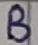
Text: B